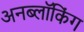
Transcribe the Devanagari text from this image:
अनब्लॉकिंग